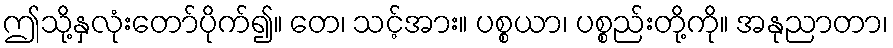
ဤသို့နှလုံးတော်ပိုက်၍။ တေ၊ သင့်အား။ ပစ္စယာ၊ ပစ္စည်းတို့ကို။ အနုညာတာ၊